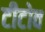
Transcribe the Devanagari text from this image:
टीटोव